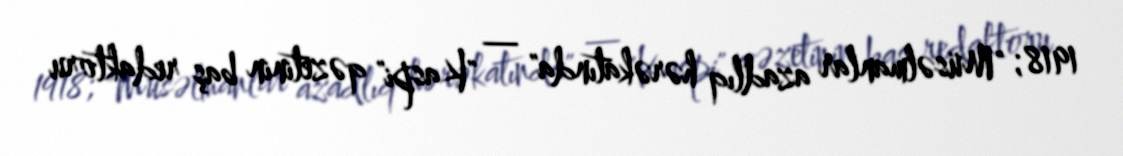
1918; "Müsəlmanlar azadlıq hərəkatında" — "Kaspi" qəzetinin baş redaktoru